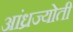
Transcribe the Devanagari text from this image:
आंध्रज्योती